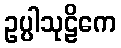
ဥပ္ပါသုဠိကေ